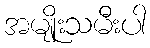
အမျိုးသမီးပါ